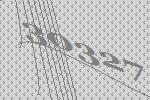
30327